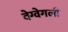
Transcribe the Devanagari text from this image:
वेग्वेगली